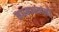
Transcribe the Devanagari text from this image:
मधमाश्यांनी